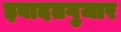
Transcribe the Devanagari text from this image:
इबादतगुजार